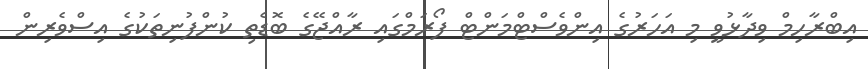
އިބްރާހިމް ވިދާޅުވީ މި އަހަރުގެ އިންވެސްޓްމަންޓް ފޯރަމްގައި ރާއްޖޭގެ ބޮޑެތި ކުންފުނިތަކުގެ އިސްވެރިން